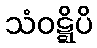
သံဝဋ္ဋိပိ